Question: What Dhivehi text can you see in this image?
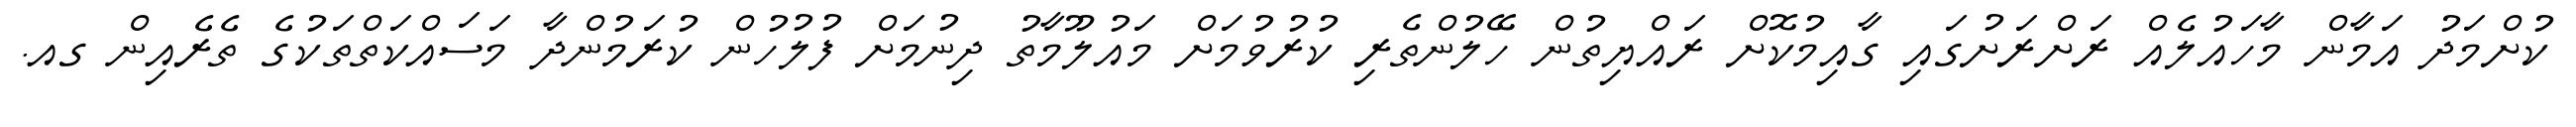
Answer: ކުށްމަދު އަމާން މާހައުލެއް ރަށްރަށުގައި ގާއިމުކޮށް ރައްޔިތުން ހޭލުންތެރި ކުރުވުމަށް މައުލޫމާތު ދިނުމަށް ފުލުހުން ކުރަމުންދާ މަސައްކަތްތަކުގެ ތެރެއިން ގއ.